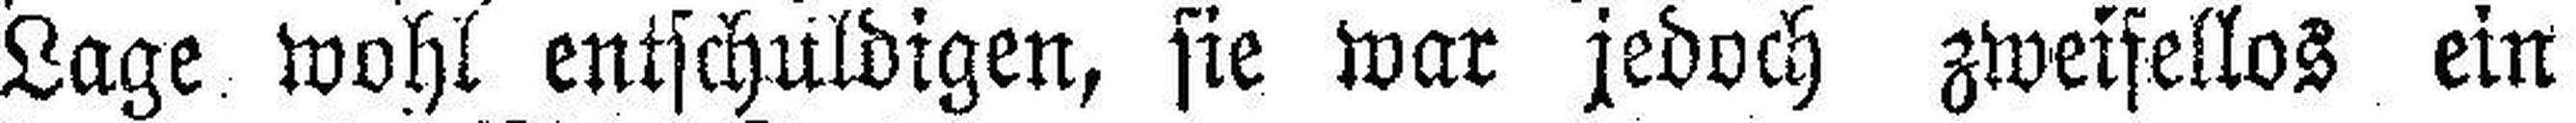
Lage wohl entschuldigen, sie war jedoch zweifellos ein